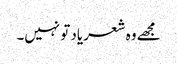
مجھے وہ شعر یاد تو نہیں۔